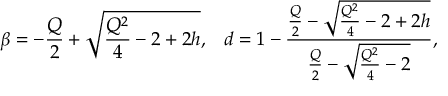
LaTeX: \beta = - \frac { Q } { 2 } + \sqrt { \frac { Q ^ { 2 } } { 4 } - 2 + 2 h } , \, \, \, \, \, d = 1 - \frac { \frac { Q } { 2 } - \sqrt { \frac { Q ^ { 2 } } { 4 } - 2 + 2 h } } { \frac { Q } { 2 } - \sqrt { \frac { Q ^ { 2 } } { 4 } - 2 } } ,